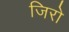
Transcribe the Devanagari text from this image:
जिरो